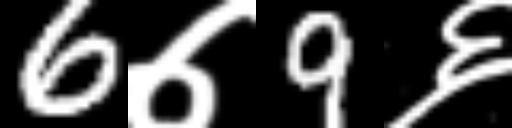
Text: 6७9६